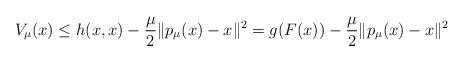
LaTeX: \begin{align*}V_\mu(x) \leq h(x, x) - \frac{\mu}{2} \|p_\mu(x) - x\|^2 = g(F(x)) - \frac{\mu}{2} \|p_\mu(x) - x\|^2\end{align*}